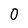
Character: 0